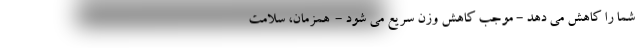
شما را کاهش می دهد - موجب کاهش وزن سریع می شود - ‌ همزمان، سلامت